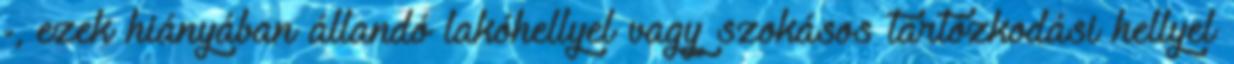
-, ezek hiányában állandó lakóhellyel vagy szokásos tartózkodási hellyel